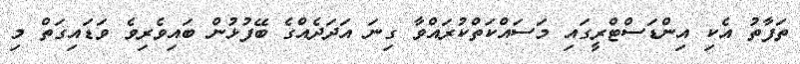
ތަފާތު އެކި އިންޑަސްޓްރީގައި މަސައްކަތްކުރައްވާ ގިނަ އަަދަދެއްގެ ބޭފުޅުން ބައިވެރިވެ ވަޑައިގަތް މި